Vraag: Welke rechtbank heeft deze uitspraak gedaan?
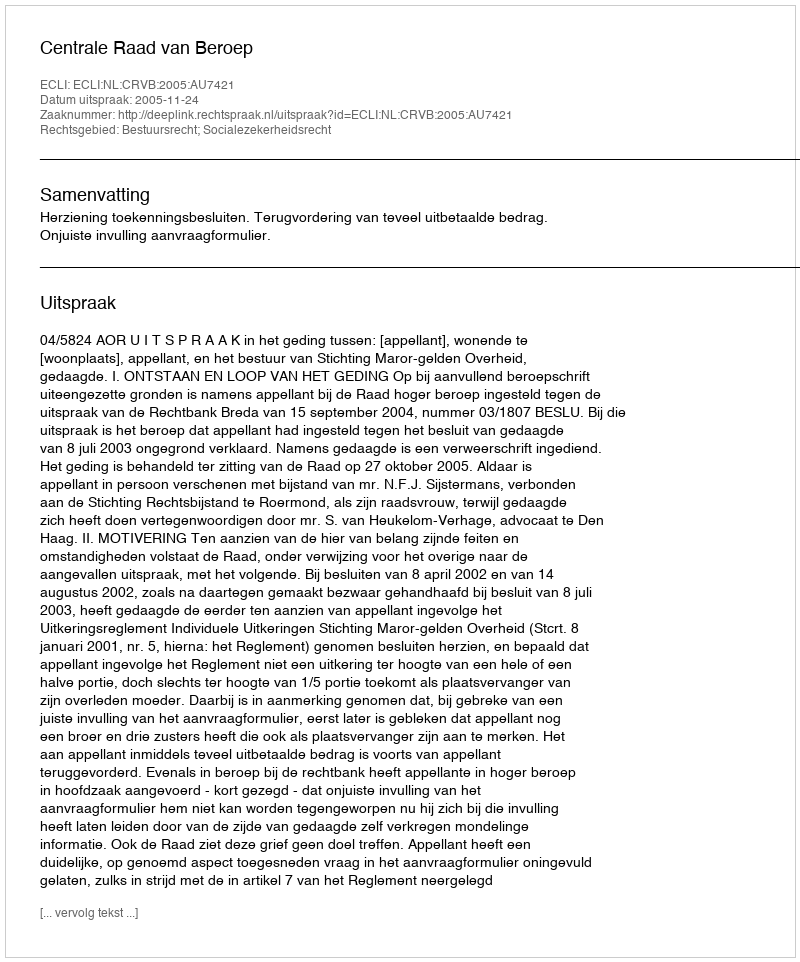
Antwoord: Centrale Raad van Beroep